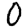
Digit: 0